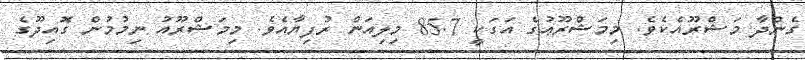
ގެންދާ މަޝްރޫއެކެވެ. މިމަޝްރޫޢުގެ އަގަކީ 85.7 މިލިއަން ރުފިޔާއެވެ. މިމަޝްރޫއު ނިމުމުން ގޮއިދޫގެ